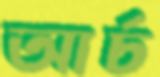
আর্চ